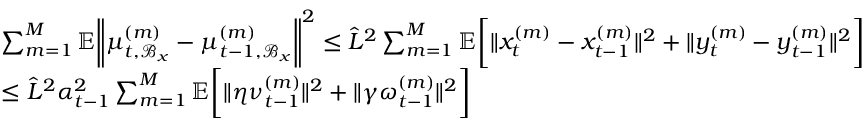
\begin{array} { r l } & { \sum _ { m = 1 } ^ { M } \mathbb { E } \bigg \| \mu _ { t , \mathcal { B } _ { x } } ^ { ( m ) } - \mu _ { t - 1 , \mathcal { B } _ { x } } ^ { ( m ) } \bigg \| ^ { 2 } \leq \hat { L } ^ { 2 } \sum _ { m = 1 } ^ { M } \mathbb { E } \bigg [ \| x _ { t } ^ { ( m ) } - x _ { t - 1 } ^ { ( m ) } \| ^ { 2 } + \| y _ { t } ^ { ( m ) } - y _ { t - 1 } ^ { ( m ) } \| ^ { 2 } \bigg ] } \\ & { \leq \hat { L } ^ { 2 } \alpha _ { t - 1 } ^ { 2 } \sum _ { m = 1 } ^ { M } \mathbb { E } \bigg [ \| \eta \nu _ { t - 1 } ^ { ( m ) } \| ^ { 2 } + \| \gamma \omega _ { t - 1 } ^ { ( m ) } \| ^ { 2 } \bigg ] } \end{array}